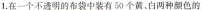
1.在一个不透明的布袋中装有50个黄、白两种颜色的